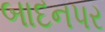
બાદનપર